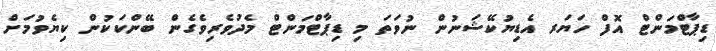
ޑިޕާޓްމަންޓް އޮފް ހަޔަރ އެޑިޔުކޭޝަނުން ނުވަތަ މި ޑިޕާޓްމަންޓް މެދުވެރިވެގެން ބޭންކަކުން ކިޔެވުމަށް